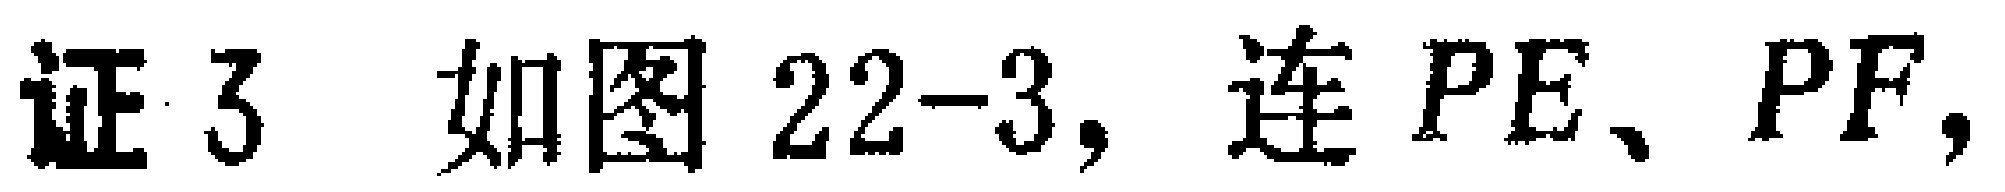
证3 如图22-3, 连 \(PE、PF\)，